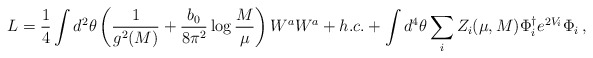
\begin{align*}L= {1 \over 4} \int d^2 \theta\left( {1 \over g^2(M) } + {b_0 \over 8 \pi^2} \log {M \over \mu}\right) W^a W^a + h.c. + \int d^4\theta \sum_i Z_i(\mu, M) \Phi_i^{\dagger}e^{2V_i} \Phi_i \, ,\end{align*}